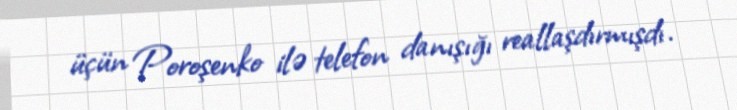
üçün Poroşenko ilə telefon danışığı reallaşdırmışdı.